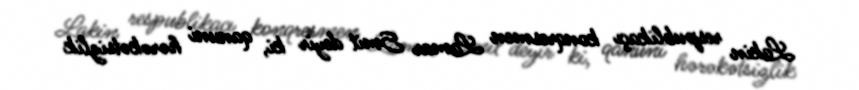
Lakin respublikaçı konqresmen Lamar Smit deyir ki, qanuni hərəkətsizlik